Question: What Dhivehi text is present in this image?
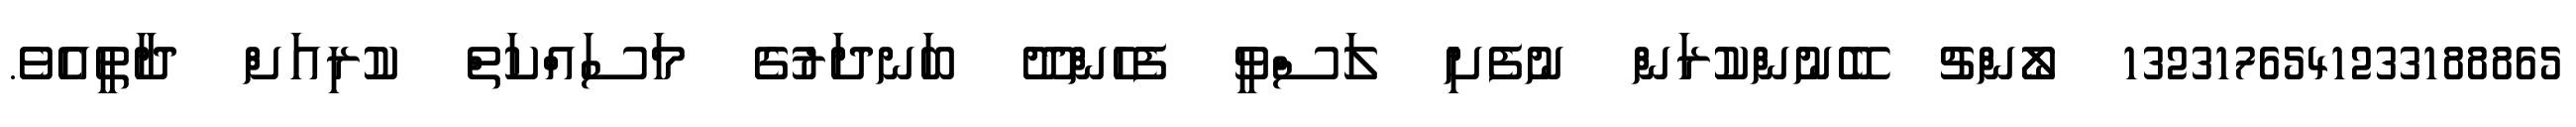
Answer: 1323176541233188865 ލޯންޗު ބޭނުންކުރަން ނުފެށި ލަސްވީ ފެހެންދޫ ބަނދަރުގެ މަސައްކަތް ކުރިއަށް ދާތީއެވެ.